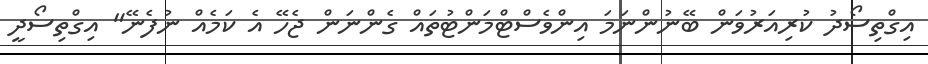
އިގްތިސޯދު ކުރިއަރުވަން ބޭނުންނަމަ އިންވެސްޓްމަންޓުތައް ގެންނަން ޖެހޭ އެ ކަމެއް ނުފެނޭ" އިގްތިސޯދީ